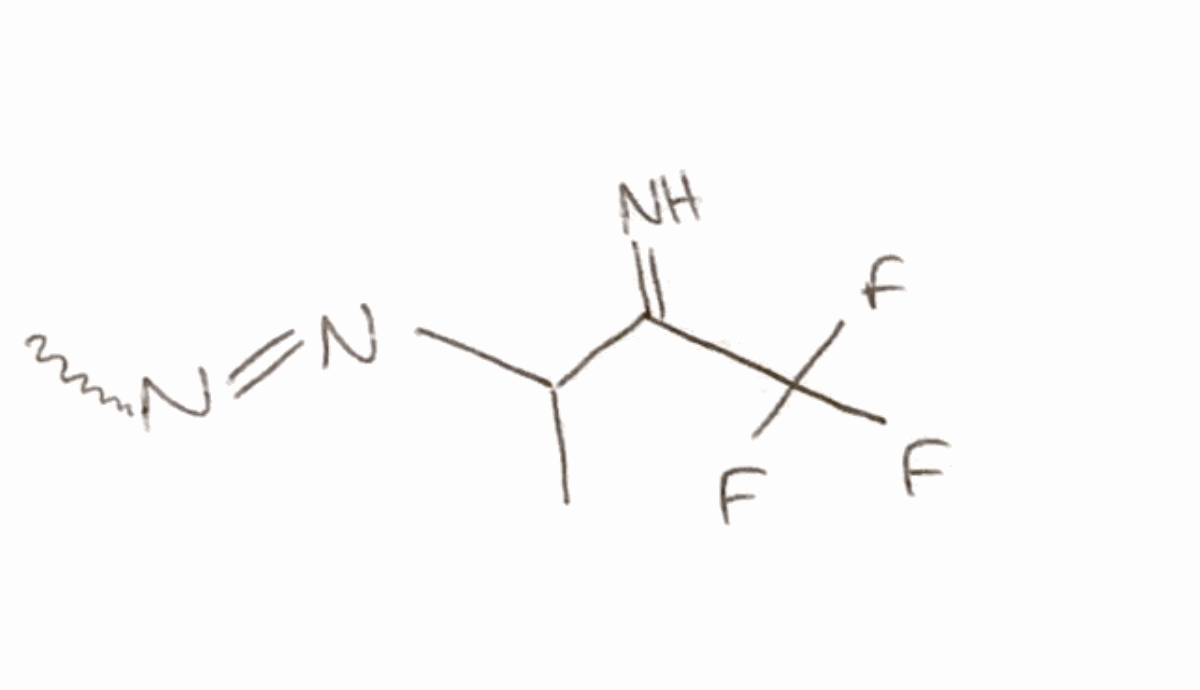
Simplified molecular-input line-entry system (SMILES) notation of the given molecule:
CC(C(=N)C(F)(F)F)N=NC